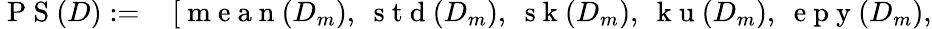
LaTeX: \begin{array}{rl}{\mathrm{~P~S~}(D):=}&{{}\, [\mathrm{~m~e~a~n~}(D_{m}),~\mathrm{~s~t~d~}(D_{m}),~\mathrm{~s~k~}(D_{m}),~\mathrm{~k~u~}(D_{m}),~\mathrm{~e~p~y~}(D_{m}),}\end{array}